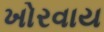
ખોરવાય